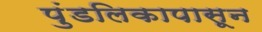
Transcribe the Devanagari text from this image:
पुंडलिकापासून